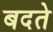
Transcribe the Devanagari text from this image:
बदते